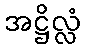
အဋ္ဌိလ္လံ